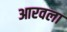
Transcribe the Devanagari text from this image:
आरवला